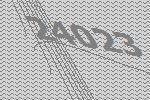
24023